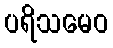
ပရိသမေဝ